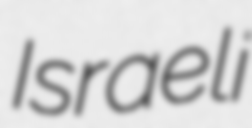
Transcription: Israeli